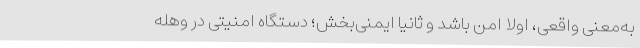
به‌معنی واقعی، اولا امن باشد و ثانیا ایمنی‌بخش؛ دستگاه امنیتی در وهله